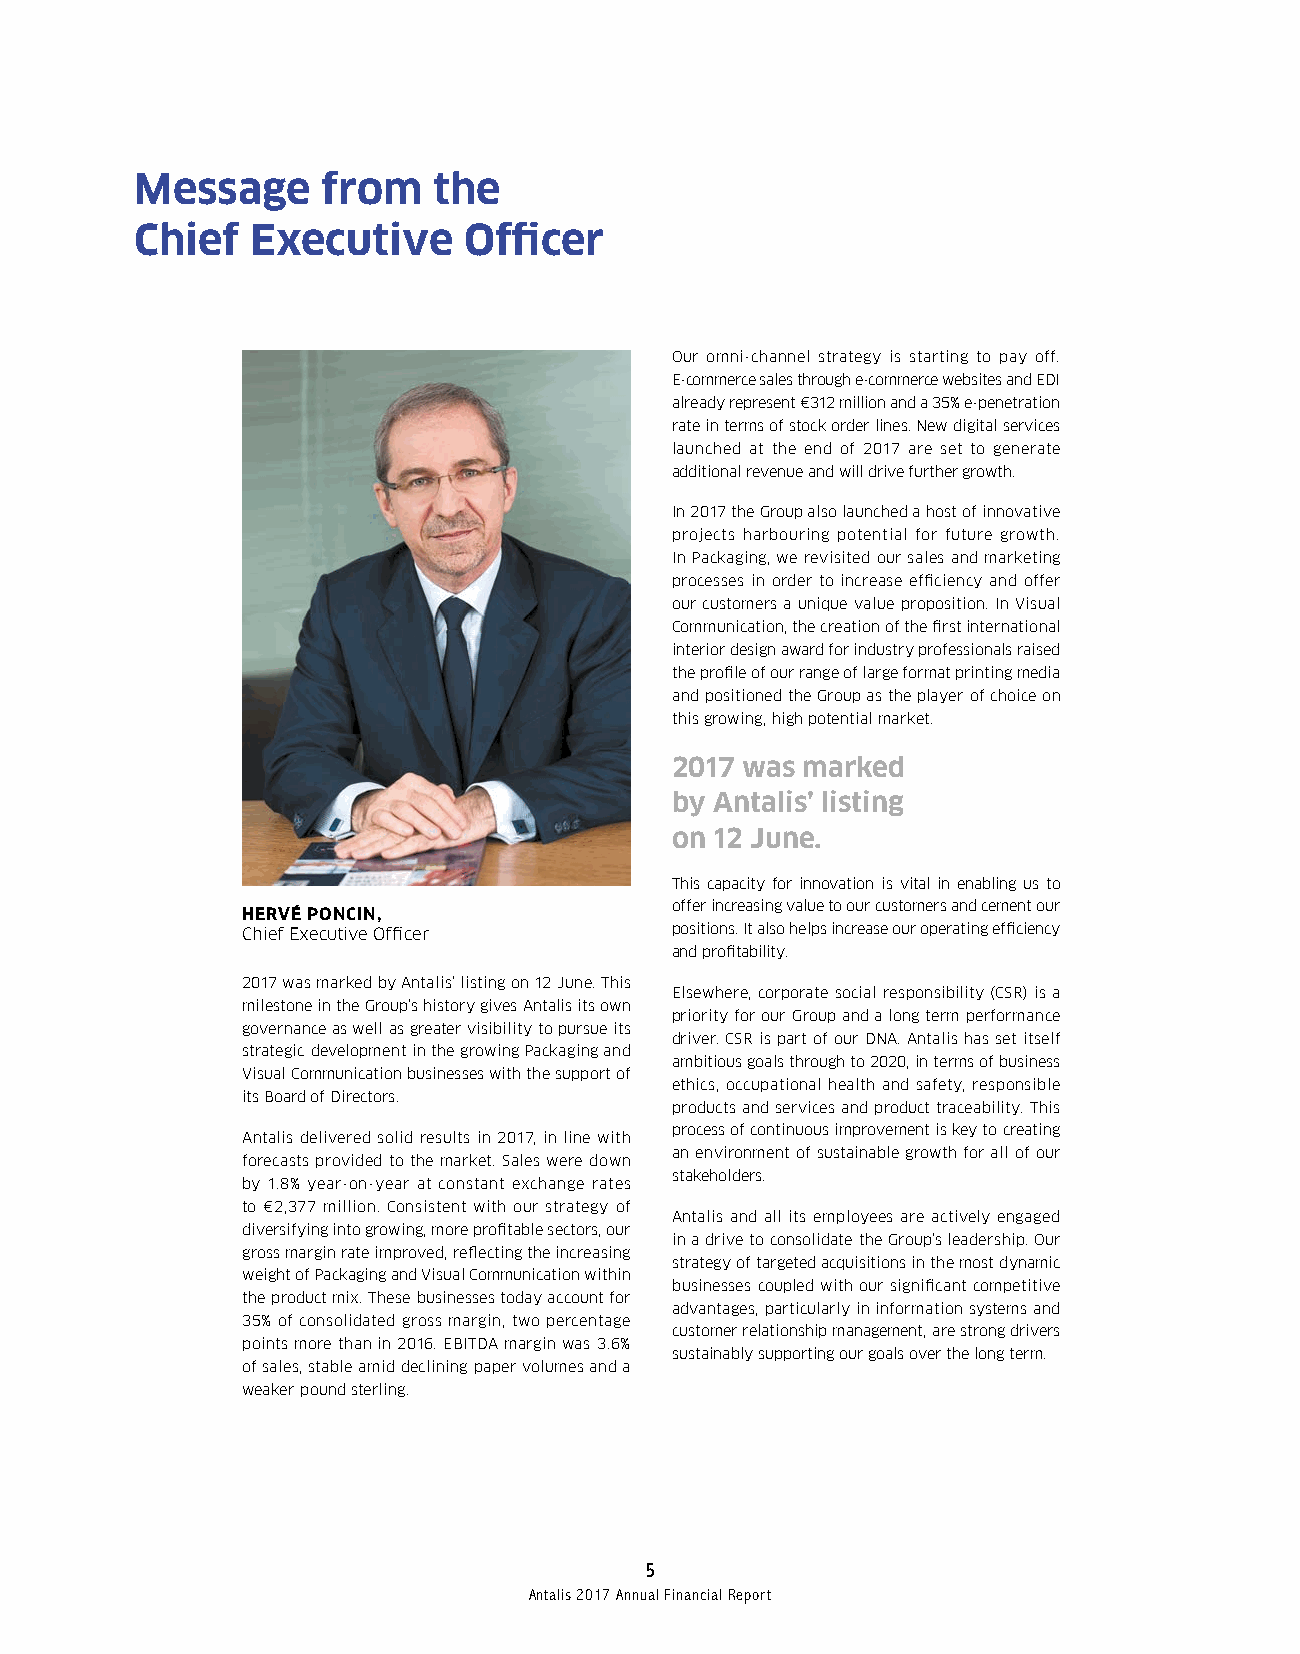
Message     from    the
 Chief   Executive     Officer
 Our omni-channel strategy is starting to pay off.
 E-commerce sales through e-commerce websites and EDI
 already represent €312 million and a 35% e-penetration
 rate in terms of stock order lines. New digital services
 launched at the end of 2017 are set to generate
 additional revenue and will drive further growth.
 In 2017 the Group also launched a host of innovative
 projects harbouring potential for future growth.
 In Packaging, we revisited our sales and marketing
 processes in order to increase efficiency and offer
 our customers a unique value proposition. In Visual
 Communication, the creation of the first international
 interior design award for industry professionals raised
 the profile of our range of large format printing media
 and positioned the Group as the player of choice on
 this growing, high potential market.
 2017 was marked
 by Antalis’ listing
 on 12 June.
 This capacity for innovation is vital in enabling us to
 offer increasing value to our customers and cement our
 HERVÉ PONCIN,
 Chief Executive Officer     positions. It also helps increase our operating efficiency
 and profitability.
 2017 was marked by Antalis’ listing on 12 June. This
 Elsewhere, corporate social responsibility (CSR) is a
 milestone in the Group’s history gives Antalis its own
 priority for our Group and a long term performance
 governance as well as greater visibility to pursue its
 driver. CSR is part of our DNA. Antalis has set itself
 strategic development in the growing Packaging and
 ambitious goals through to 2020, in terms of business
 Visual Communication businesses with the support of
 ethics, occupational health and safety, responsible
 its Board of Directors.
 products and services and product traceability. This
 process of continuous improvement is key to creating
 Antalis delivered solid results in 2017, in line with
 an environment of sustainable growth for all of our
 forecasts provided to the market. Sales were down
 stakeholders.
 by 1.8% year-on-year at constant exchange rates
 to €2,377 million. Consistent with our strategy of
 Antalis and all its employees are actively engaged
 diversifying into growing, more profitable sectors, our
 in a drive to consolidate the Group’s leadership. Our
 gross margin rate improved, reflecting the increasing
 strategy of targeted acquisitions in the most dynamic
 weight of Packaging and Visual Communication within
 businesses coupled with our significant competitive
 the product mix. These businesses today account for
 advantages, particularly in information systems and
 35% of consolidated gross margin, two percentage
 customer relationship management, are strong drivers
 points more than in 2016. EBITDA margin was 3.6%
 sustainably supporting our goals over the long term.
 of sales, stable amid declining paper volumes and a
 weaker pound sterling.
 5
 Antalis 2017 Annual Financial Report